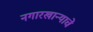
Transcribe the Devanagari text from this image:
नगारखान्याचे